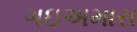
ગઇઅમારા